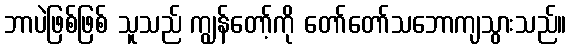
ဘာပဲဖြစ်ဖြစ် သူသည် ကျွန်တော့်ကို တော်တော်သဘောကျသွားသည်။